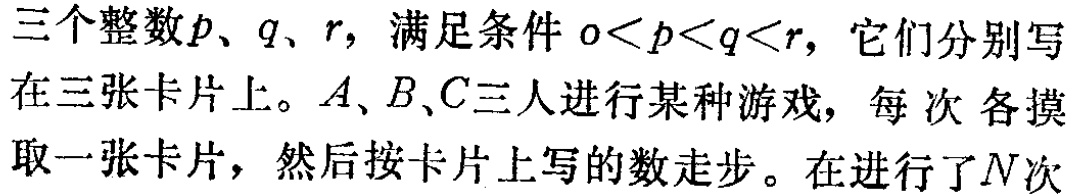
三个整数\(p\)、\(q\)、\(r\)，满足条件\(0<p<q<r\)，它们分别写在三张卡片上。\(A\)、\(B\)、\(C\)三人进行某种游戏，每次各摸取一张卡片，然后按卡片上写的数走步。在进行了\(N\)次